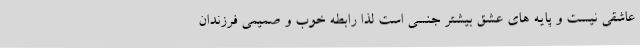
عاشقی نیست و پایه های عشق بیشتر جنسی است لذا رابطه خوب و صمیمی فرزندان